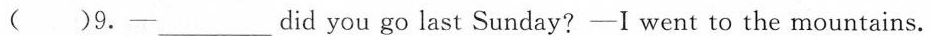
( )9.-___ did you go last Sunday? -I went to the mountains.